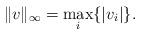
LaTeX: \begin{align*}\|v\|_{\infty} = \max_{i} \{ |v_i| \}.\end{align*}